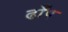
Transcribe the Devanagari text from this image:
ढाँप